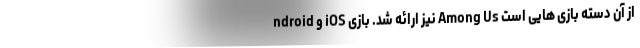
ndroid و iOS نیز ارائه شد. بازی Among Us از آن دسته بازی هایی است